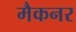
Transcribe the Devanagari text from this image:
मैकनर